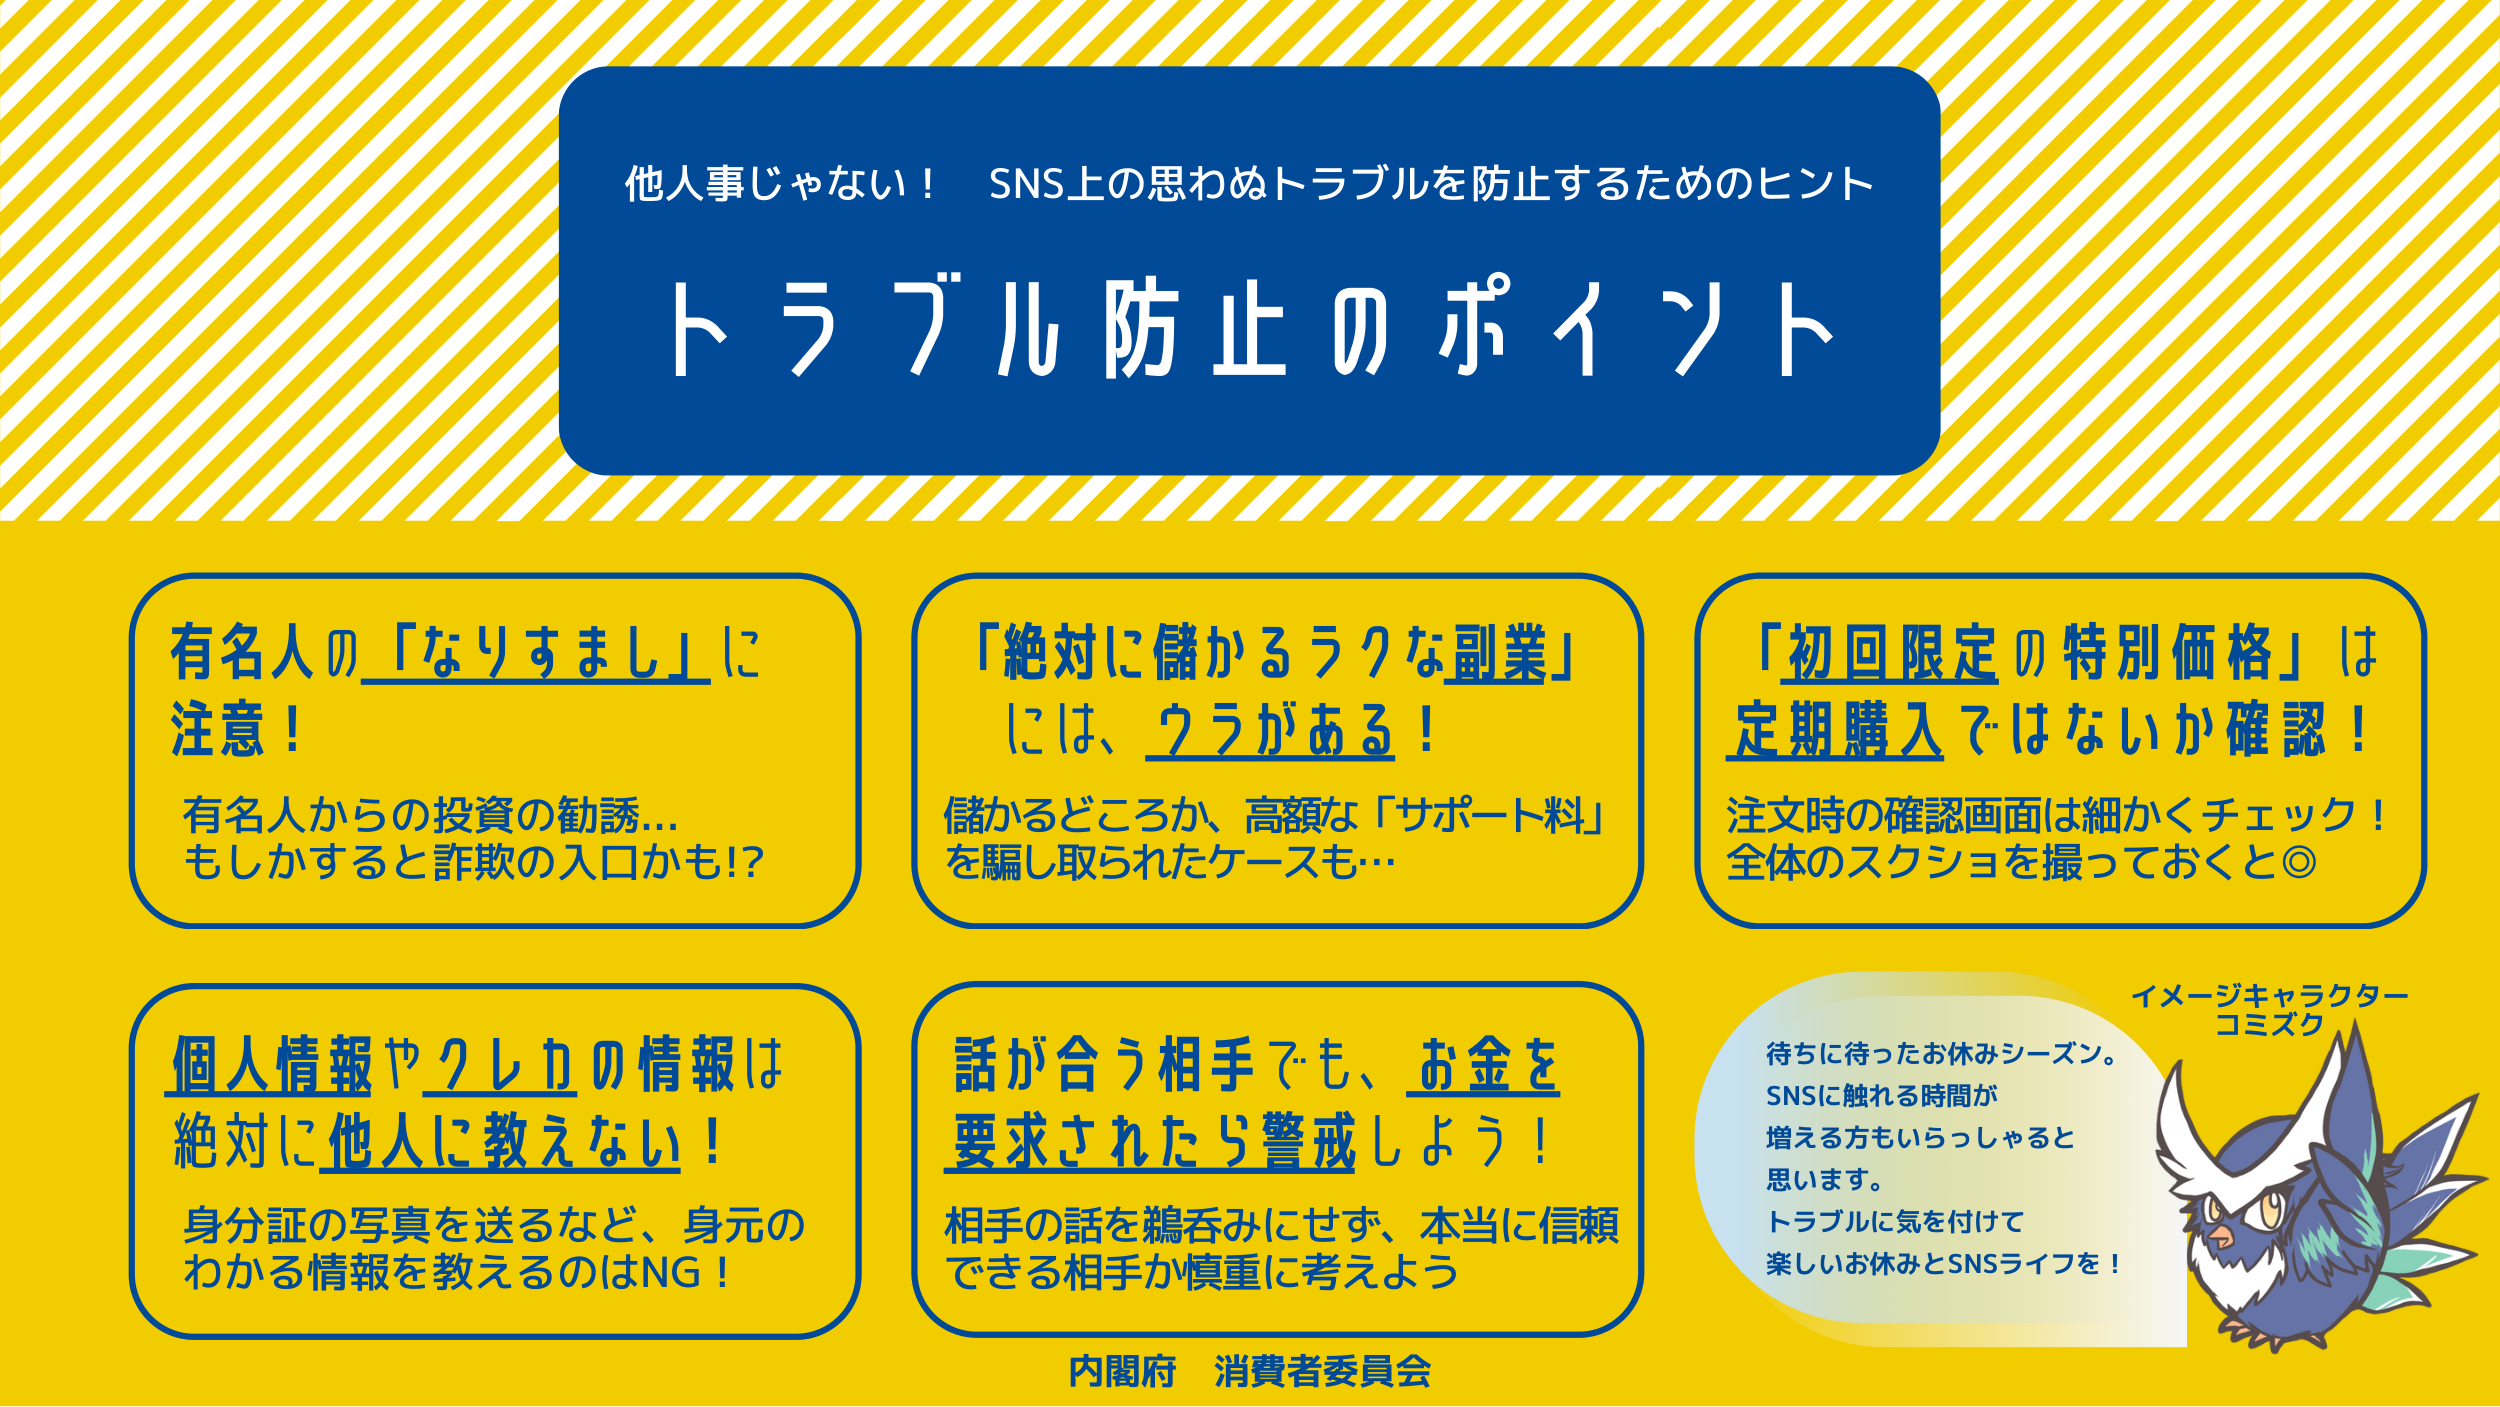
他人事じゃない！ SNS上の思わぬトラブルを防止するためのヒント
トラブル防止のポイント

有名人の「なりすまし」に
注意！
有名人からの投資の勧誘…
もしかすると詐欺の入口かも!?

「絶対に儲かるうクな副業」
には、ウラがある！
儲かるどころか、高額な「サポート料」
を騙し取られたケースも…

「初回限定の特別価格」は
定期購入ではないか確認！
注文時の確認画面は細かくチェック！
全体のスクショを撮っておくと◎

個人情報やクレカの情報は
絶対に他人に教えない！
身分証の写真を送るなど、身元の
わかる情報を教えるのはNG！

話が合う相手でも、お金を
要求されたら警戒しよう！
相手の話を鵜呑みにせず、本当に信頼
できる相手か慎重に考えよう

内閣府 消費者委員会

イメージキャラクター
コミスク
待ちに待ったお休みシーズン。
SNSに触れる時間が
増える方もいらっしゃると
思います。
トラブルに気を付けて
楽しいお休みとSNSライフを！